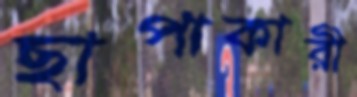
ছাপাকারী